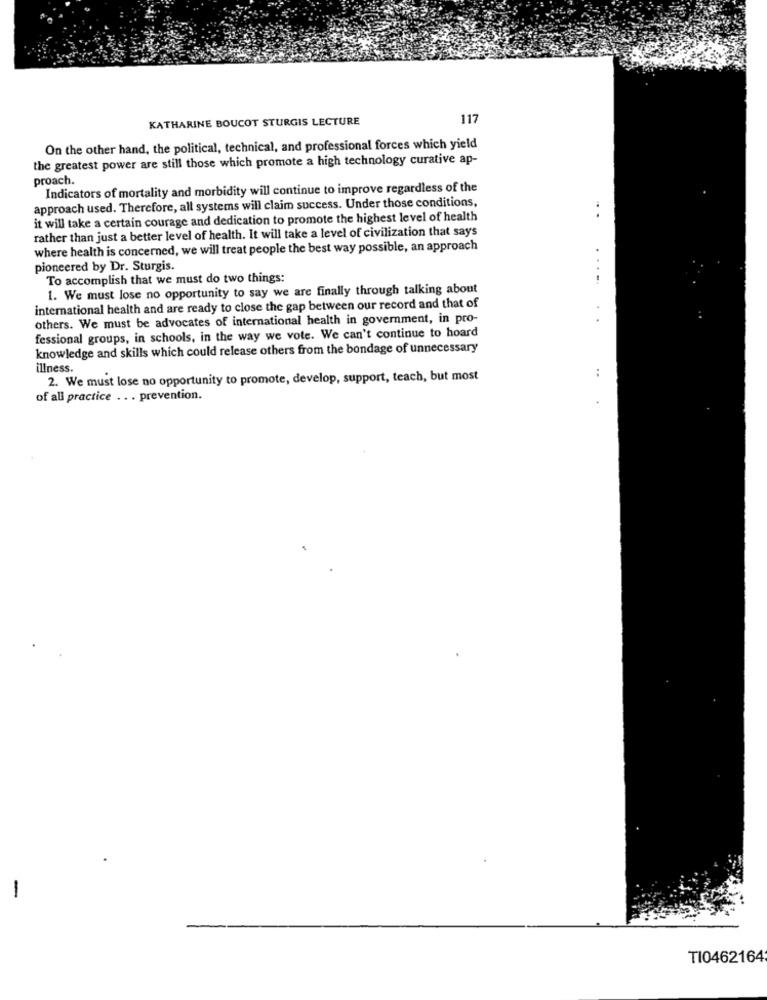
KATHARINE BOUCOT STURGIS LECTURE
117
On the other hand, the political, technical, and professional forces which yield
the greatest power are still those which promote a high technology curative ap-
proach.
Indicators of mortality and morbidity will continue to improve regardless of the
approach used. Therefore, all systems will claim success. Under those conditions,
it will take a certain courage and dedication to promote the highest level of health
...
rather than just a better level of health. It will take a level of civilization that says
where health is concerned, we will treat people the best way possible, an approach
#
pioneered by Dr. Sturgis.
To accomplish that we must do two things:
...
1. We must lose no opportunity to say we are finally through talking about
international health and are ready to close the gap between our record and that of
others. We must be advocates of international health in government, in pro-
fessional groups, in schools, in the way we vote. We can't continue to hoard
knowledge and skills which could release others from the bondage of unnecessary
illness.
..
2. We must lose no opportunity to promote, develop, support, teach, but most
of all practice . . . prevention.
-
TI0462164